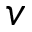
{ v }